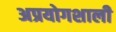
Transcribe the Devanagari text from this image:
अप्रयोगशाली